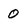
Character: 0